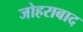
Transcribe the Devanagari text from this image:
जोहराबाद